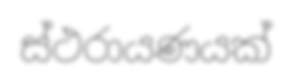
ස්ථරායණයක්